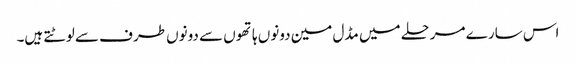
اس سارے مرحلے میں مڈل مین دونوں ہاتھوں سے دونوں طرف سے لوٹتے ہیں۔